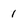
Character: 1